Report on enteric fever
Disease focus: Fever
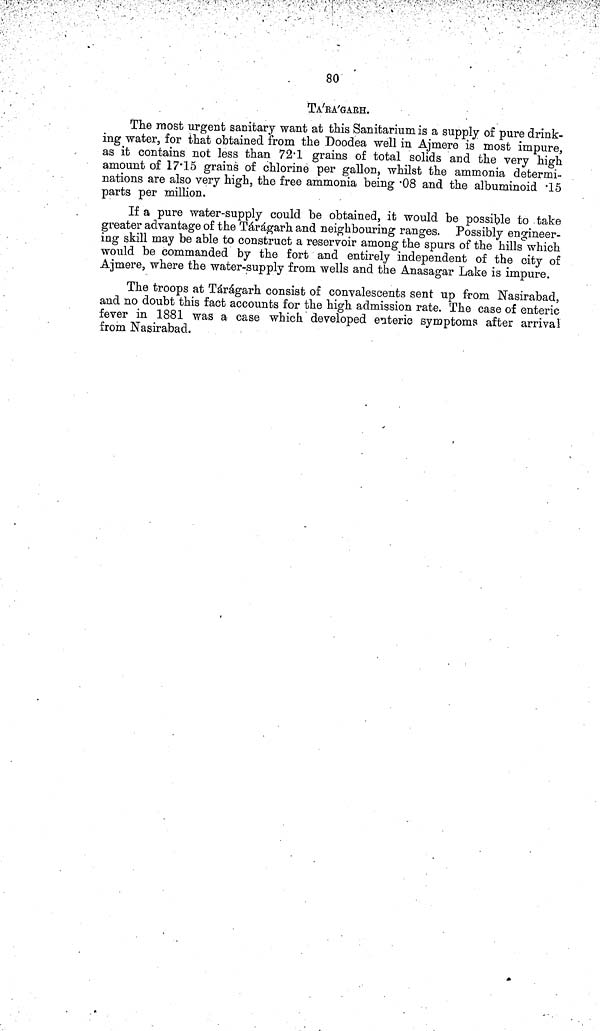
80
TA'RA'GArH.
The most urgent sanitary want at this Sanitarium is a supply of pure drink-
ing water, for that obtained from the Doodea well in Ajmere is most impure,
as it contains not less than 72 1 grains of total solids and the very high
amount of 17 15 grains of chlorine per gallon, whilst the ammonia determi-
nations are also very high, the free ammonia being 08 and the albuminoid 15
parts per million.
If a pure water supply could be obtained, it would be possible to take
greater advantage of the Tárágarh and neighbouring ranges. Possibly engineer-
ing skill may be able to construct a reservoir among the spurs of the hills which
would be commanded by the fort and entirely independent of the city of
Ajmere, where the water supply from wells and the Anasagar Lake is impure.
The troops at Tárágarh consist of convalescents sent up from "Nasirabad,
and no doubt this fact accounts for the high admission rate. The case of enteric
fever in 1881 was a case which developed enteric symptoms after arrival
from Nasirabad.